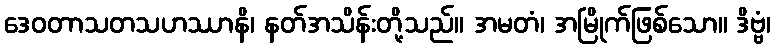
ဒေဝတာသတသဟဿာနိ၊ နတ်အသိန်းတို့သည်။ အမတံ၊ အမြိုက်ဖြစ်သော။ ဒိဗ္ဗံ၊